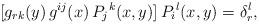
LaTeX: \begin{align*}[g_{rk}(y)\, g^{ij}(x)\,P_j{}^k(x,y)]\,P_i{}^l(x,y) = \delta_r^l,\end{align*}